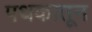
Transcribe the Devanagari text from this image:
पथकातून